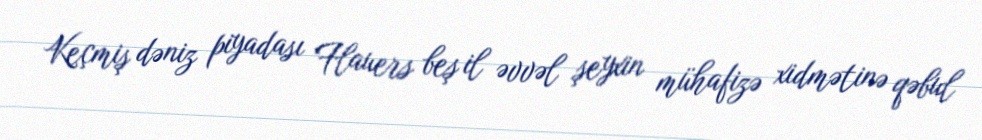
Keçmiş dəniz piyadası Flauers beş il əvvəl şeyxin mühafizə xidmətinə qəbul